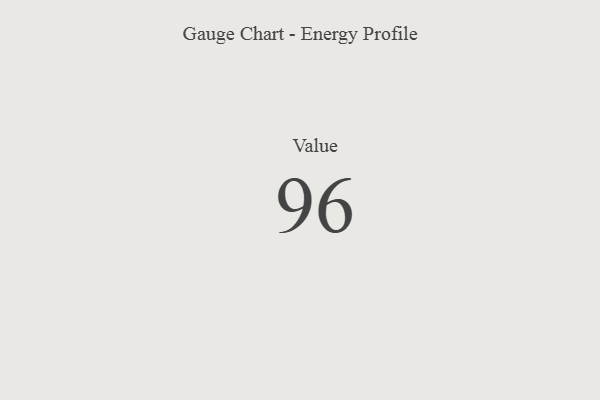
{"axis": {"x": "Metric", "y": "Value"}, "legend": [""], "data": [{"x": "Value", "y": 96, "type": ""}]}